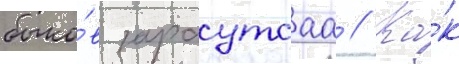
быко́в зараутсаа // Ка́к